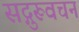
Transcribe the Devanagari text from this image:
सद्गुरूवचन